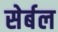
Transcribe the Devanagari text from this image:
सेर्बल